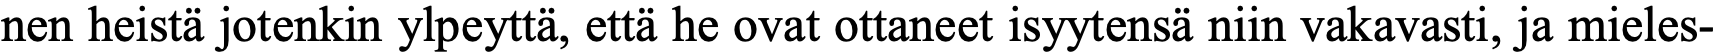
nen heistä jotenkin ylpeyttä, että he ovat ottaneet isyytensä niin vakavasti, ja mieles-